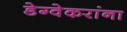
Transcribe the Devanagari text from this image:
डेग्वेकरांना